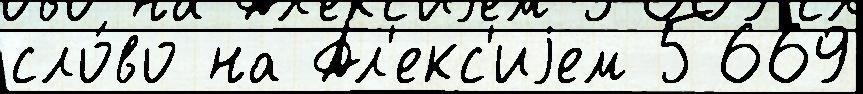
сло́во на Ал'екс'иjем 5669